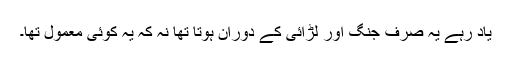
یاد رہے یہ صرف جنگ اور لڑائی کے دوران ہوتا تھا نہ کہ یہ کوئی معمول تھا۔